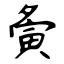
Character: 夤